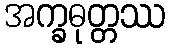
အက္ခဓုတ္တဿ